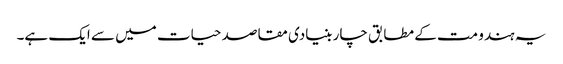
یہ ہندو مت کے مطابق چار بنیادی مقاصد حیات میں سے ایک ہے۔